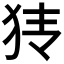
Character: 𰡂